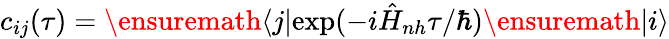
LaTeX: c_{ij}(\tau)=\ensuremath{\left\langle j\right|}\mathrm{exp}(-i\hat{H}_{nh}\tau/\hbar)\ensuremath{\left|i\right\rangle}